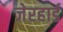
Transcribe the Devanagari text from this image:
जेरहार्ड